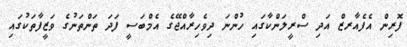
ފޮރިން އެފެއާރޒް އަދި ސްރީލަންކާގައި ހުންނަ ދިވެހިރާއްޖޭގެ އެމްބަސީ ފަދަ ތަންތަނުގެ ވަޒީފާތަކުގައި